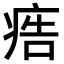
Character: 𤶳